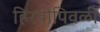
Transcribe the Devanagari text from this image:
हिरवीपिवळी